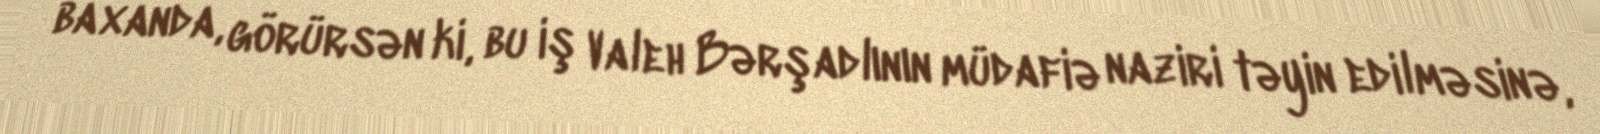
baxanda, görürsən ki, bu iş Valeh Bərşadlının müdafiə naziri təyin edilməsinə,